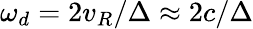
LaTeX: \omega_{d}=2v_{R}/\Delta\approx 2c/\Delta